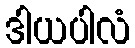
ဒါယပါလံ